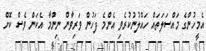
އެމީހުންގެ މައްސަލަތައް ހައްލުނުކުރެވި އެންމެ ފަހުން ވަރިވާން ނިންމާ އެކަން ވެސް ކޮށް